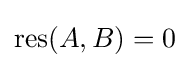
\operatorname {res} (A,B)=0